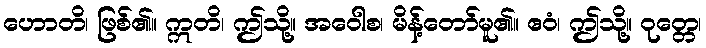
ဟောတိ၊ ဖြစ်၏။ ဣတိ၊ ဤသို့။ အဝေါစ၊ မိန့်တော်မူ၏။ ဧဝံ၊ ဤသို့။ ဝုတ္တေ၊